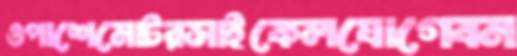
ওপাশেমোটরসাইকেলযোগেবন